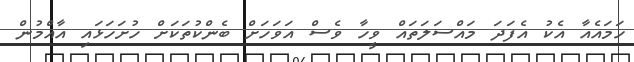
ހަމައެއާ އެކު އެފަދަ މައްސަލަތައް ވީހާ ވެސް އަވަހަށް ބެންކުތަކަށް ހުށަހަޅައި އާއްމުން